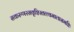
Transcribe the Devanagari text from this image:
सकरुणरसवृष्टिस्तत्त्वमालासमष्टिः